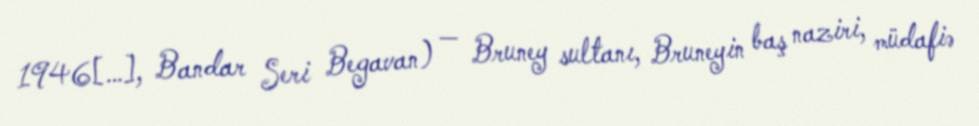
1946[…], Bandar Seri Begavan) — Bruney sultanı, Bruneyin baş naziri, müdafiə